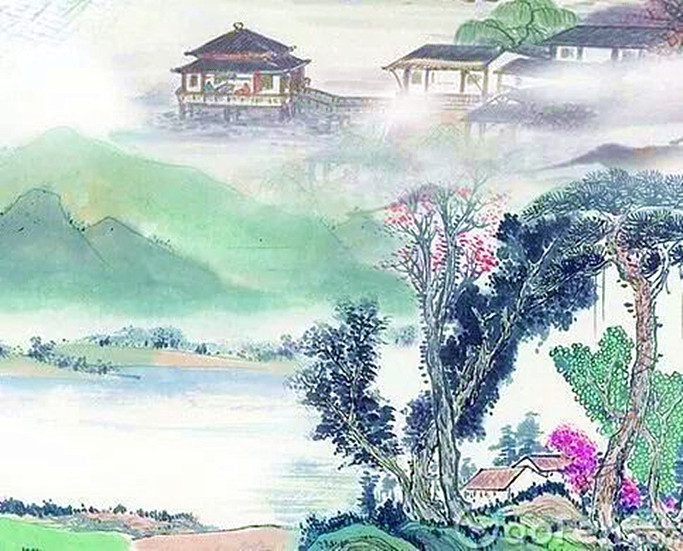
远路应悲春晼晚，残霄犹得梦依稀。